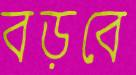
বড়বে